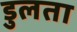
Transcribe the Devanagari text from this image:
डुलता